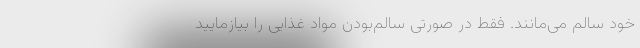
خود سالم می‌مانند. فقط در صورتی سالم‌بودن مواد غذایی را بیازمایید